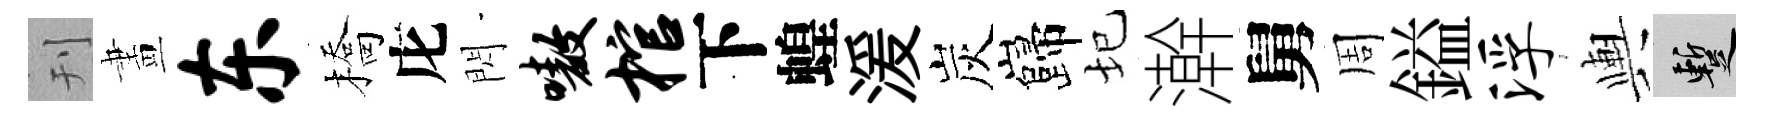
刊畫东橋庀閃嗷棺下蝗湲炭巋圮澣舅周鎰浮輿暫